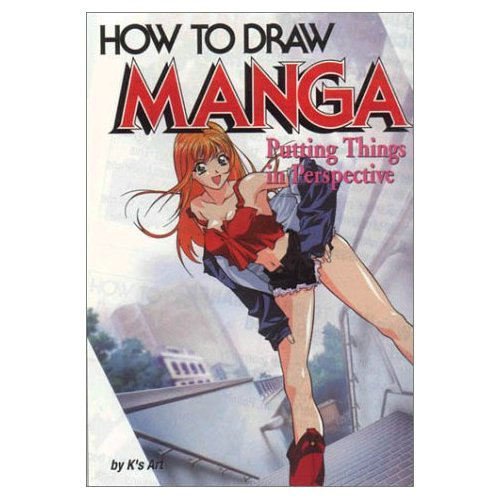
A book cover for How To Draw Manga Volume 29: Putting Things In Perspective (v. 29); K's Art; Arts & Photography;